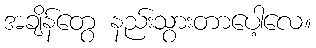
အချိန်တွေ နည်းသွားတာပေါ့လေ။